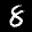
Label: 8